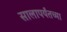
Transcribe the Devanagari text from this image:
सालापर्यंतच्या